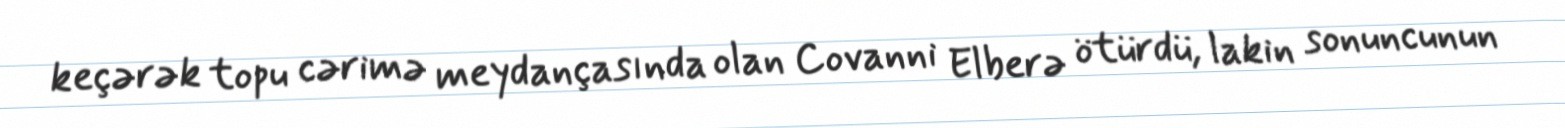
keçərək topu cərimə meydançasında olan Covanni Elberə ötürdü, lakin sonuncunun